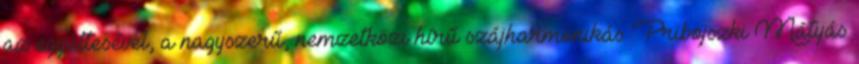
az együttesével, a nagyszerű, nemzetközi hírű szájharmonikás Pribojszki Mátyás